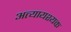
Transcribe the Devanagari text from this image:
अत्यायश्यक